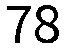
78